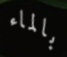
بالماء